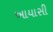
આયાસી